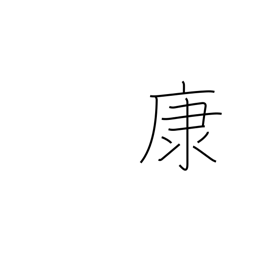
Meaning: ease